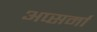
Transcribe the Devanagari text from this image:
अप्सर्मा